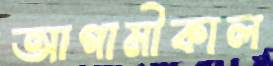
আগামীকাল